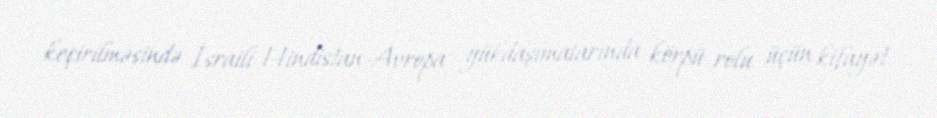
keçirilməsində İsraili Hindistan-Avropa yükdaşımalarında körpü rolu üçün kifayət